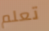
تعلم